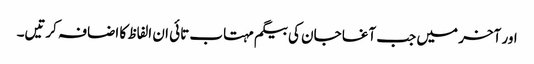
اور آخر میں جب آغا جان کی بیگم مہتاب تائی ان الفاظ کا اضافہ کرتیں۔